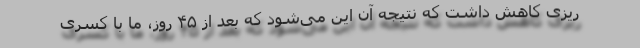
ریزی کاهش داشت که نتیجه آن این می‌شود که بعد از ۴۵ روز، ما با کسری